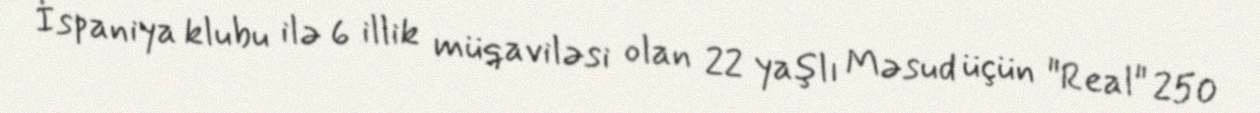
İspaniya klubu ilə 6 illik müqaviləsi olan 22 yaşlı Məsud üçün "Real" 250